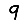
Digit: 9